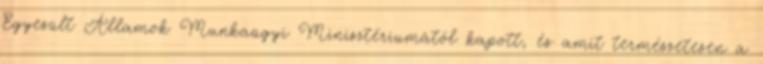
Egyesült Államok Munkaügyi Minisztériumától kapott, és amit természetesen a